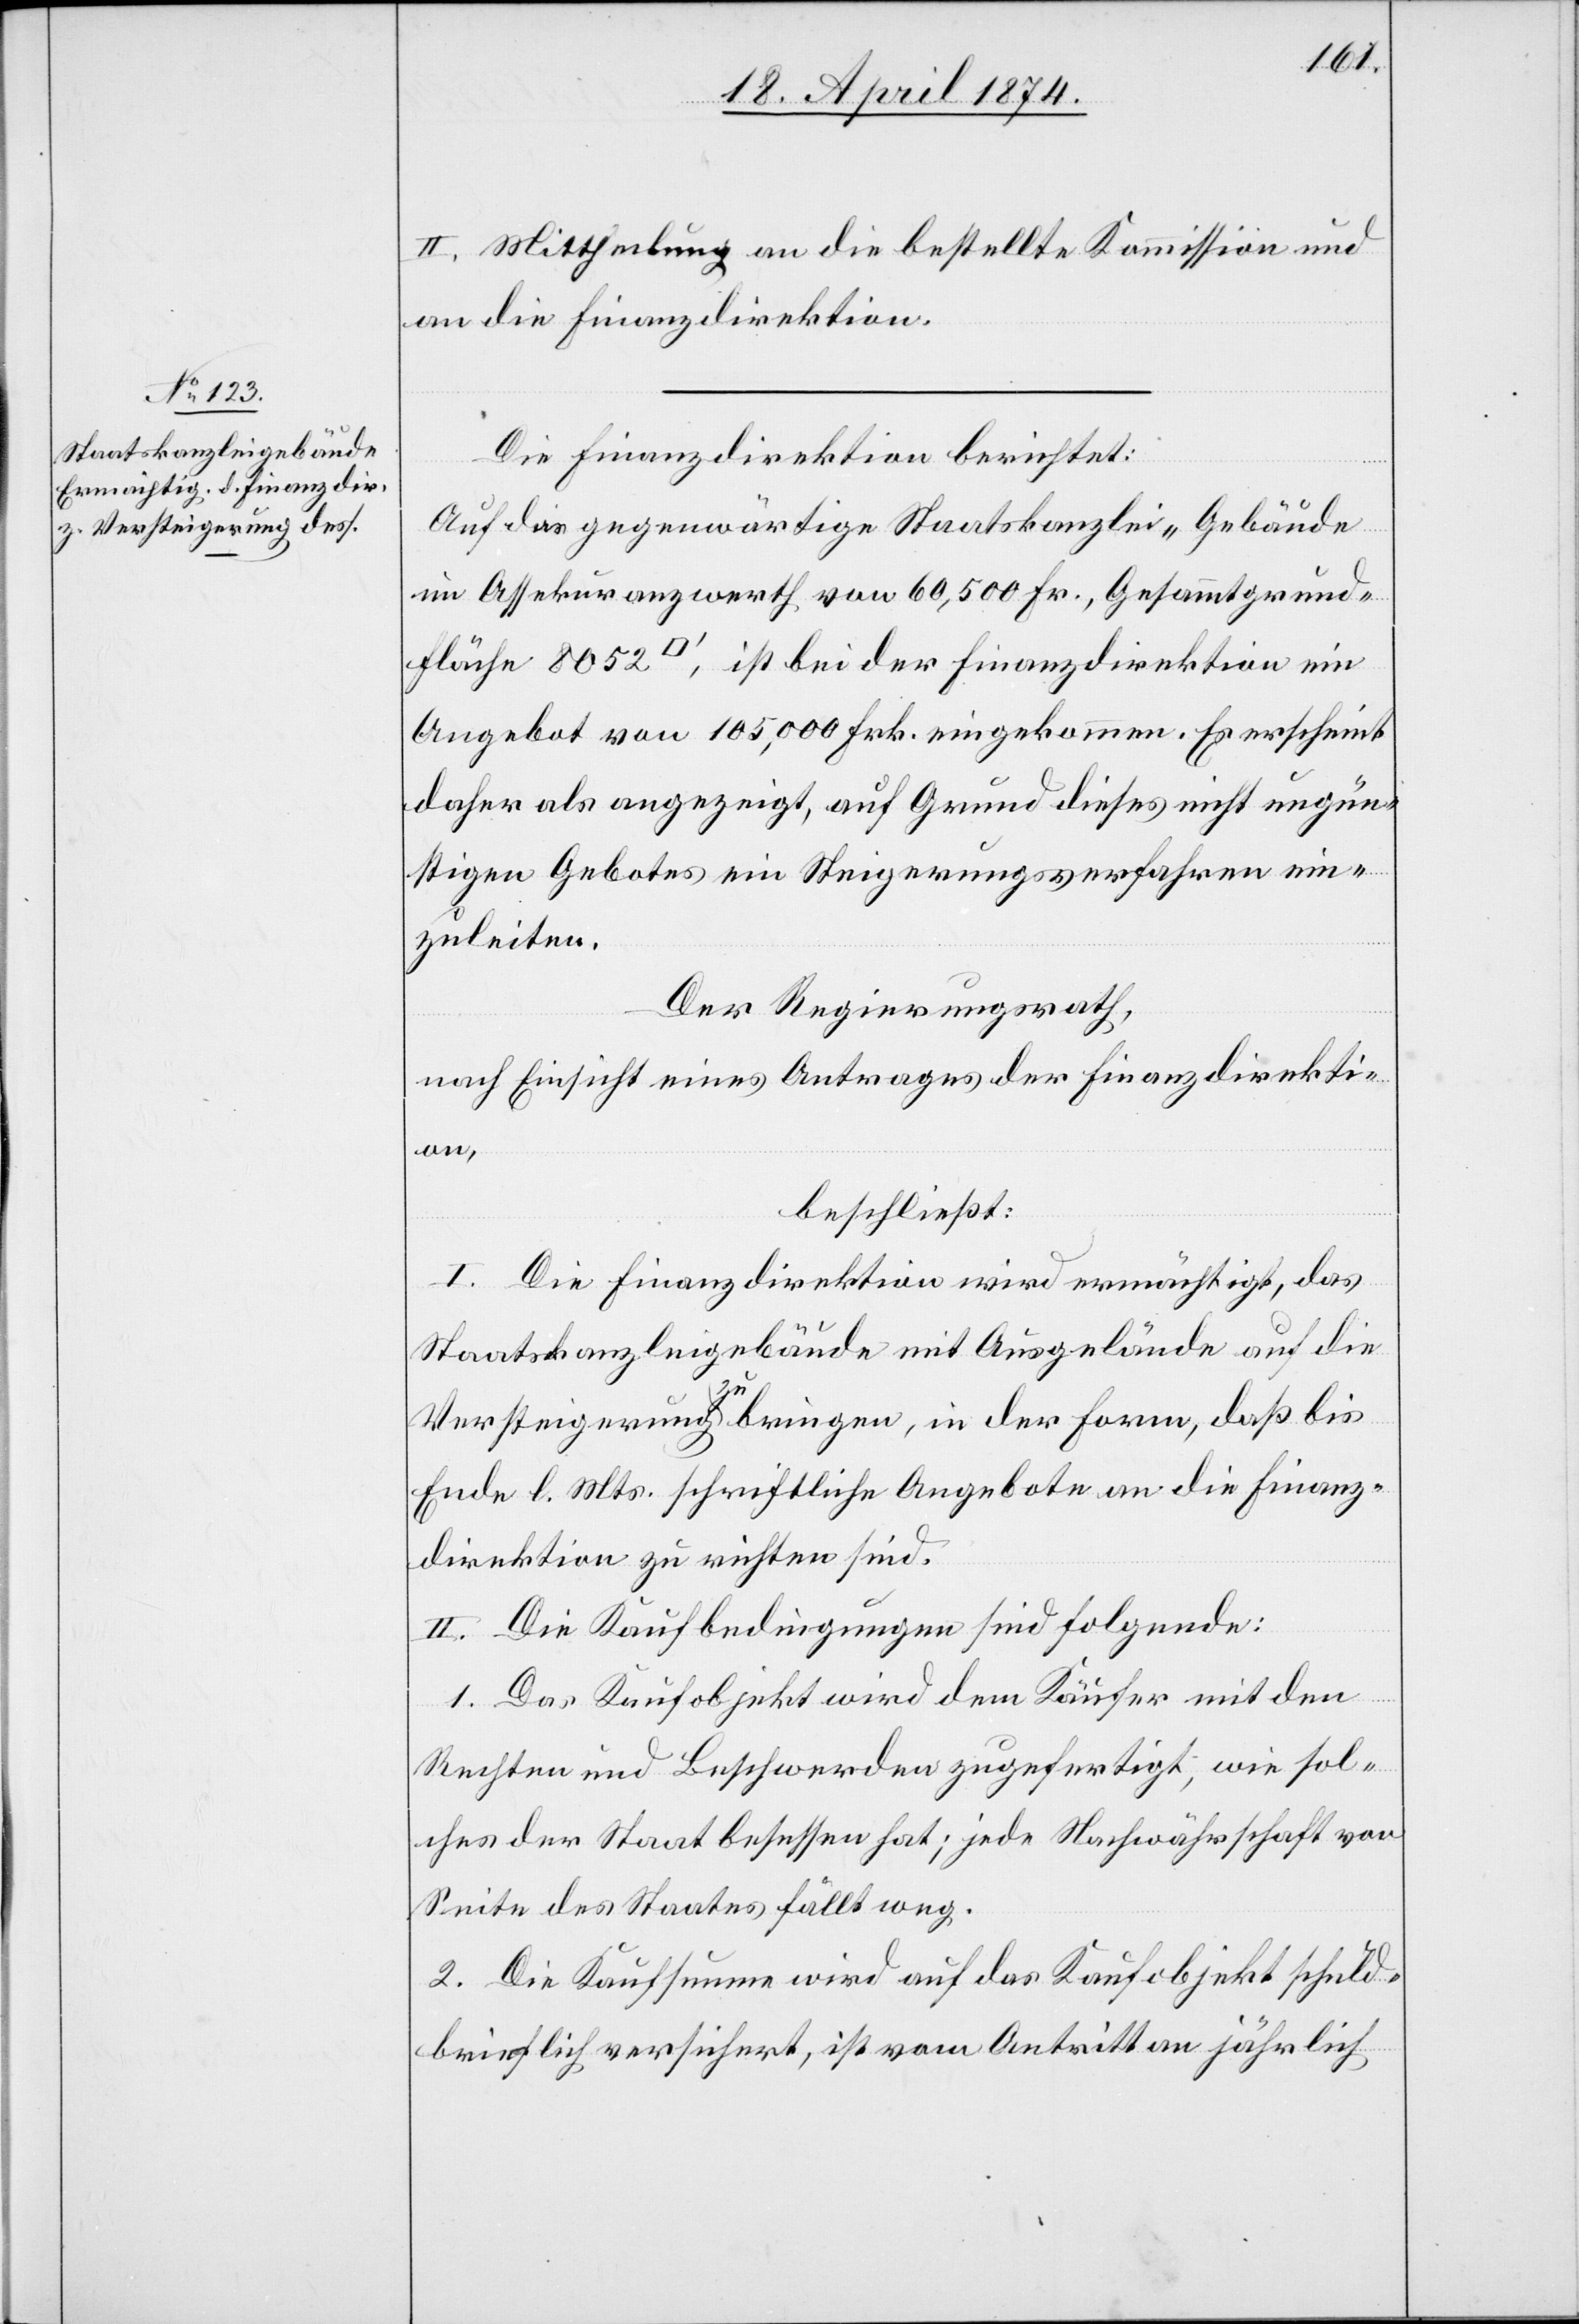
II. Mittheilung an die bestellte Kommission und
an die Finanzdirektion.
Die Finanzdirektion berichtet:
Auf das gegenwärtige Staatskanzlei-Gebäude
im Assekuranzwerth von 60,500 Fr., Gesammtgrund¬
fläche 8052 [Quadratfuss], ist bei der Finanzdirektion ein
Angebot von 105,000 Frk. eingekommen. Es erscheint
daher als angezeigt, auf Grund dieses nicht ungün¬
stigen Gebotes ein Steigerungsverfahren ein¬
zuleiten.
Der Regierungsrath,
nach Einsicht eines Antrages der Finanzdirekti¬
on,
beschließt:
I. Die Finanzdirektion wird ermächtigt, das
Staatskanzleigebäude mit Ausgelände auf die
Versteigerung zu bringen, in der Form, daß bis
Ende l. Mts. schriftliche Angebote an die Finanz¬
direktion zu richten sind.
II. Die Kaufbedingungen sind folgende:
1. Das Kaufobjekt wird dem Käufer mit den
Rechten und Beschwerden zugefertigt, wie sol¬
ches der Staat besessen hat; jede Nachwährschaft von
Seite des Staates fällt weg.
2. Die Kaufsumme wird auf das Kaufobjekt schuld¬
brieflich versichert, ist vom Antritt an jährlich